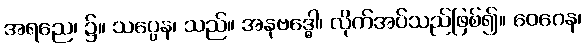
အရညေ၊ ၌။ သပ္ပေန၊ သည်။ အနုဗဒ္ဓေါ၊ လိုက်အပ်သည်ဖြစ်၍။ ဝေဂေန၊